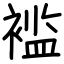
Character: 褴